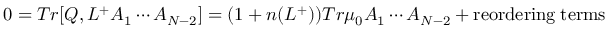
0 = T r [ Q , L ^ { + } A _ { 1 } \cdots A _ { N - 2 } ] = ( 1 + n ( L ^ { + } ) ) T r \mu _ { 0 } A _ { 1 } \cdots A _ { N - 2 } + \mathrm { r e o r d e r i n g \; t e r m s }